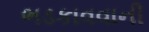
ભડકાવવાની